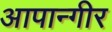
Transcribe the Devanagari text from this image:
आपान्गीर